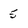
Character: 5